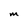
Character: M